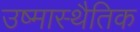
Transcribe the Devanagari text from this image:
उष्मास्थैतिक